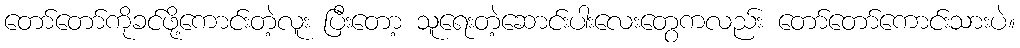
တော်တော်ကိုခင်ဖို့ကောင်းတဲ့လူး ပြီးတော့ သူရေးတဲ့ဆောင်းပါးလေးတွေကလည်း တော်တော်ကောင်းသားပဲ။